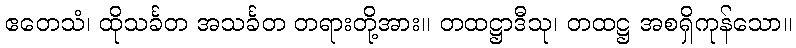
ဧတေသံ၊ ထိုသင်္ခတ အသင်္ခတ တရားတို့အား။ တထဋ္ဌာဒီသု၊ တထဋ္ဌ အစရှိကုန်သော။